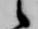
候